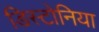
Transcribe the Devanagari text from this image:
डिस्टोनिया